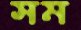
সম